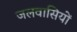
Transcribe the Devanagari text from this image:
जलवासियों